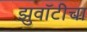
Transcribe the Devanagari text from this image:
झुवॉटीचा